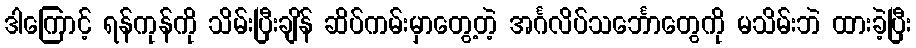
ဒါကြောင့် ရန်ကုန်ကို သိမ်းပြီးချိန် ဆိပ်ကမ်းမှာတွေ့တဲ့ အင်္ဂလိပ်သင်္ဘောတွေကို မသိမ်းဘဲ ထားခဲ့ပြီး